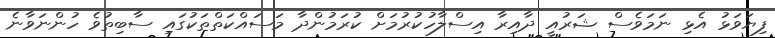
ފިޔަވަޅު އެޅި ނަމަވެސް ޝަރުއީ ދާއިރާ އިސްލާހުކުރުމަށް ކުރަމުންދާ މަސައްކަތްތަކުގައި ސާބިތުވެ ހުންނަވާނެ